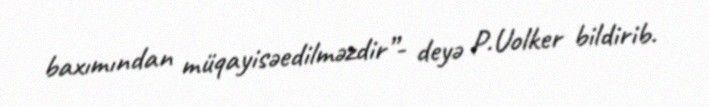
baxımından müqayisəedilməzdir”- deyə P.Uolker bildirib.